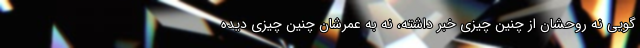
گویی نه روحشان از چنین چیزی خبر داشته، نه به عمرشان چنین چیزی دیده